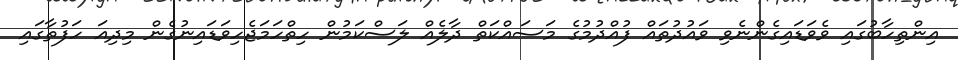
އިންތިހާބުގައި ވެވަޑައިގެންނެވި ވައުދުތައް ފުއްދުމުގެ މަސައްކަތް ދާލެއް ލަސްކަމުން ހިތްހަމަޖެހިވަޑައިނުގެން މިދިއަ ހަފުތާގައި